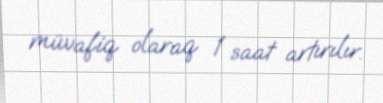
müvafiq olaraq 1 saat artırılır.